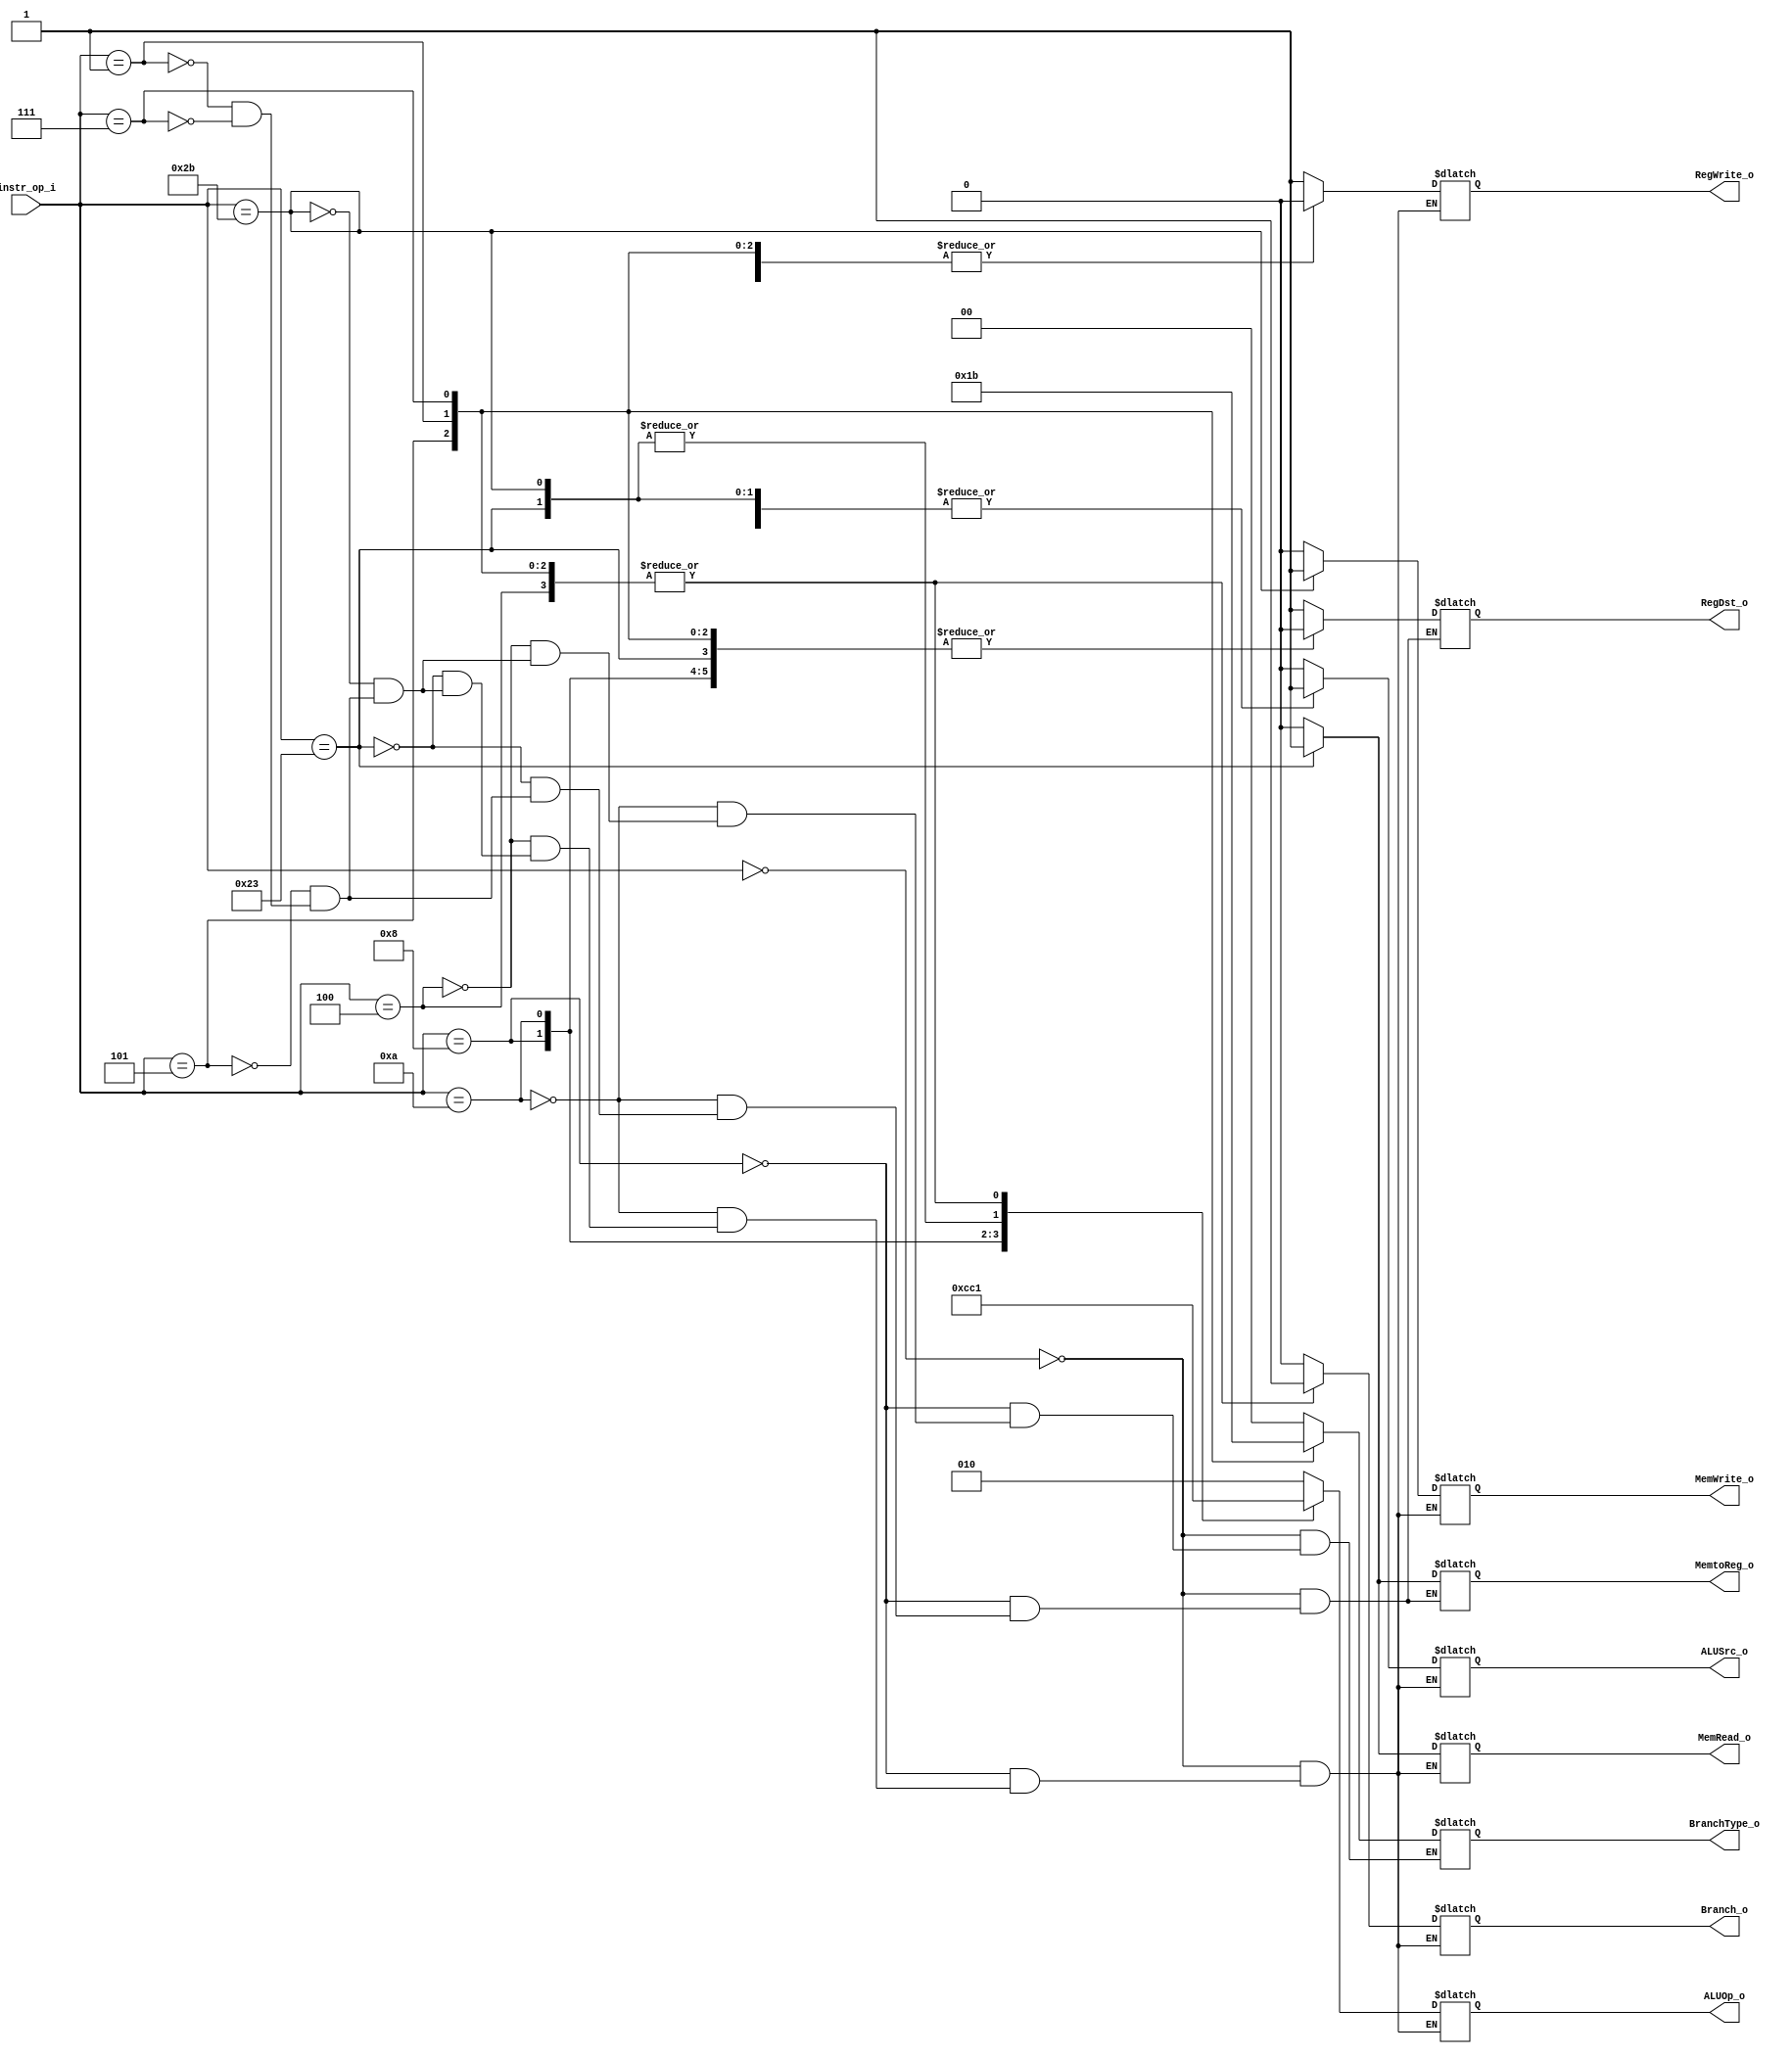
// 109550087
module Decoder( 
	instr_op_i, 
	ALUOp_o, 
	ALUSrc_o,
	RegWrite_o,	
	RegDst_o,
	Branch_o,
	MemRead_o, 
	MemWrite_o, 
	MemtoReg_o,
	BranchType_o // lab5
);
     
//I/O ports
input	[6-1:0] instr_op_i;

output	[3-1:0] ALUOp_o;
output		    RegDst_o, MemtoReg_o;
output		    ALUSrc_o, RegWrite_o, Branch_o, MemRead_o, MemWrite_o;
output	[2-1:0] BranchType_o;

//Internal Signals
reg	[3-1:0] ALUOp_o;
reg		    RegDst_o, MemtoReg_o;
reg		    ALUSrc_o, RegWrite_o, Branch_o, MemRead_o, MemWrite_o;
reg [2-1:0] BranchType_o;

//Main function
always@(*) begin
	case(instr_op_i)
		// R-type
		6'b000000: begin // add sub and or slt mult
			ALUOp_o <= 3'b010;
			ALUSrc_o <= 0;
			RegDst_o <= 1;
			RegWrite_o <= 1;
			Branch_o <= 0;
			MemRead_o <= 0;
			MemWrite_o <= 0;
			MemtoReg_o <= 0;
			BranchType_o <= 2'b00;
		end
		6'b001000: begin // addi
			ALUOp_o <= 3'b110;
			ALUSrc_o <= 1;
			RegDst_o <= 0;
			RegWrite_o <= 1;
			Branch_o <= 0;
			MemRead_o <= 0;
			MemWrite_o <= 0;
			MemtoReg_o <= 0;
			BranchType_o <= 2'b00;
		end
		6'b001010: begin // slti
			ALUOp_o <= 3'b011;
			ALUSrc_o <= 1;
			RegDst_o <= 0;
			RegWrite_o <= 1;
			Branch_o <= 0;
			MemRead_o <= 0;
			MemWrite_o <= 0;
			MemtoReg_o <= 0;
			BranchType_o <= 2'b00;
		end
		6'b000100: begin // beq
			ALUOp_o <= 3'b001;
			ALUSrc_o <= 0;
			// RegDst_o <= 0;	   
			RegWrite_o <= 0;	   
			Branch_o <= 1;
			MemRead_o <= 0;
			MemWrite_o <= 0;
			// MemtoReg_o <= 0;
			BranchType_o <= 2'b00;
		end

		// lab3
		6'b100011: begin // lw
			ALUOp_o <= 3'b000;
			ALUSrc_o <= 1;
			RegDst_o <= 0;
			RegWrite_o <= 1;
			Branch_o <= 0;
			MemRead_o <= 1;
			MemWrite_o <= 0;
			MemtoReg_o <= 1;
			// BranchType_o <= 2'b00;
		end
		6'b101011: begin // sw
			ALUOp_o <= 3'b000;
			ALUSrc_o <= 1;
			// RegDst_o <= 0;	
			RegWrite_o <= 0;
			Branch_o <= 0;			
			MemRead_o <= 0;
			MemWrite_o <= 1;
			// MemtoReg_o <= 0;\
			BranchType_o <= 2'b00;
		end
		
		// lab5
		6'b000101: begin // bne
		   ALUOp_o <= 3'b001;
		   ALUSrc_o <= 1'b0;
		   RegDst_o <= 1'b0;
		   RegWrite_o <= 1'b0;
		   Branch_o <= 1'b1;
		   MemRead_o <= 1'b0;
		   MemWrite_o <= 1'b0;
		   MemtoReg_o <= 1'b0;
		   BranchType_o <= 2'b01;
		end
		6'b000001: begin // bge
		   ALUOp_o <= 3'b001;
		   ALUSrc_o <= 1'b0;
		   RegDst_o <= 1'b0;
		   RegWrite_o <= 1'b0;
		   Branch_o <= 1'b1;
		   MemRead_o <= 1'b0;
		   MemWrite_o <= 1'b0;
		   MemtoReg_o <= 1'b0;
		   BranchType_o <= 2'b10;
		end
		
		6'b000111: begin // bgt
		   ALUOp_o <= 3'b001;
		   ALUSrc_o <= 1'b0;
		   RegDst_o <= 1'b0;
		   RegWrite_o <= 1'b0;
		   Branch_o <= 1'b1;
		   MemRead_o <= 1'b0;
		   MemWrite_o <= 1'b0;
		   MemtoReg_o <= 1'b0;
		   BranchType_o <= 2'b11;
		end
		// default: begin
		// 	ALUOp_o <= 3'bxxx;
		// 	ALUSrc_o <= 1'bx;
		// 	RegDst_o <= 1'bx;
		// 	RegWrite_o <= 1'bx;	
		// 	Branch_o <= 1'bx;
		// 	MemRead_o <= 1'bx;
		// 	MemWrite_o <= 1'bx;
		// 	MemtoReg_o <= 1'bx;
		// end
	endcase
end

endmodule